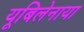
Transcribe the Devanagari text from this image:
यूबिलेनाया